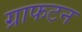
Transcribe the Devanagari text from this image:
ग्राफटन